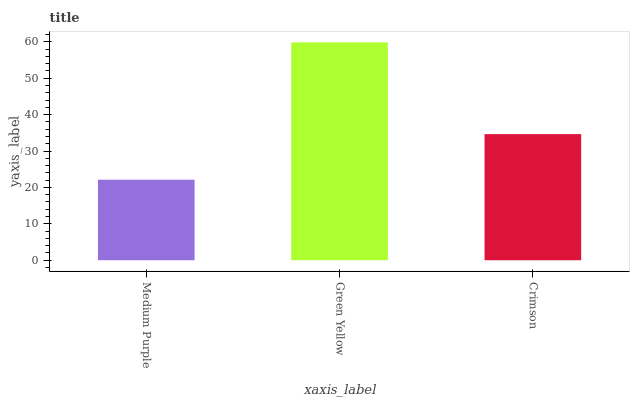
| xaxis_label | bars |
 | --- | --- |
 | Medium Purple | 22.1 |
 | Green Yellow | 59.8 |
 | Crimson | 34.6 |